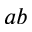
a b